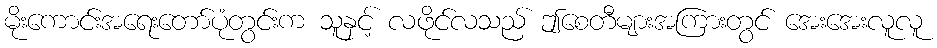
မိုးကောင်းအရေးတော်ပုံတွင်းက သူနှင့် လဖိုင်လသည် ဤစေတီများအကြားတွင် အေးအေးလူလူ